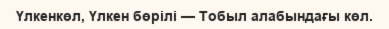
Үлкенкөл, Үлкен бөрілі — Тобыл алабындағы көл.